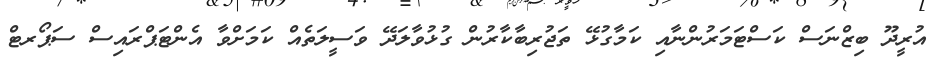
އުރީދޫ ބިޒްނަސް ކަސްޓަމަރުންނާއި ކަމާގުޅޭ ތަޖުރިބާކާރުން ގުޅުވާލަދޭ ވަސީލަތެއް ކަމަށްވާ އެންޓަޕްރައިސް ސަޕޯރޓް